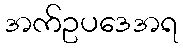
အက်ဥပဒေအရ